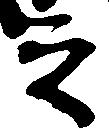
之